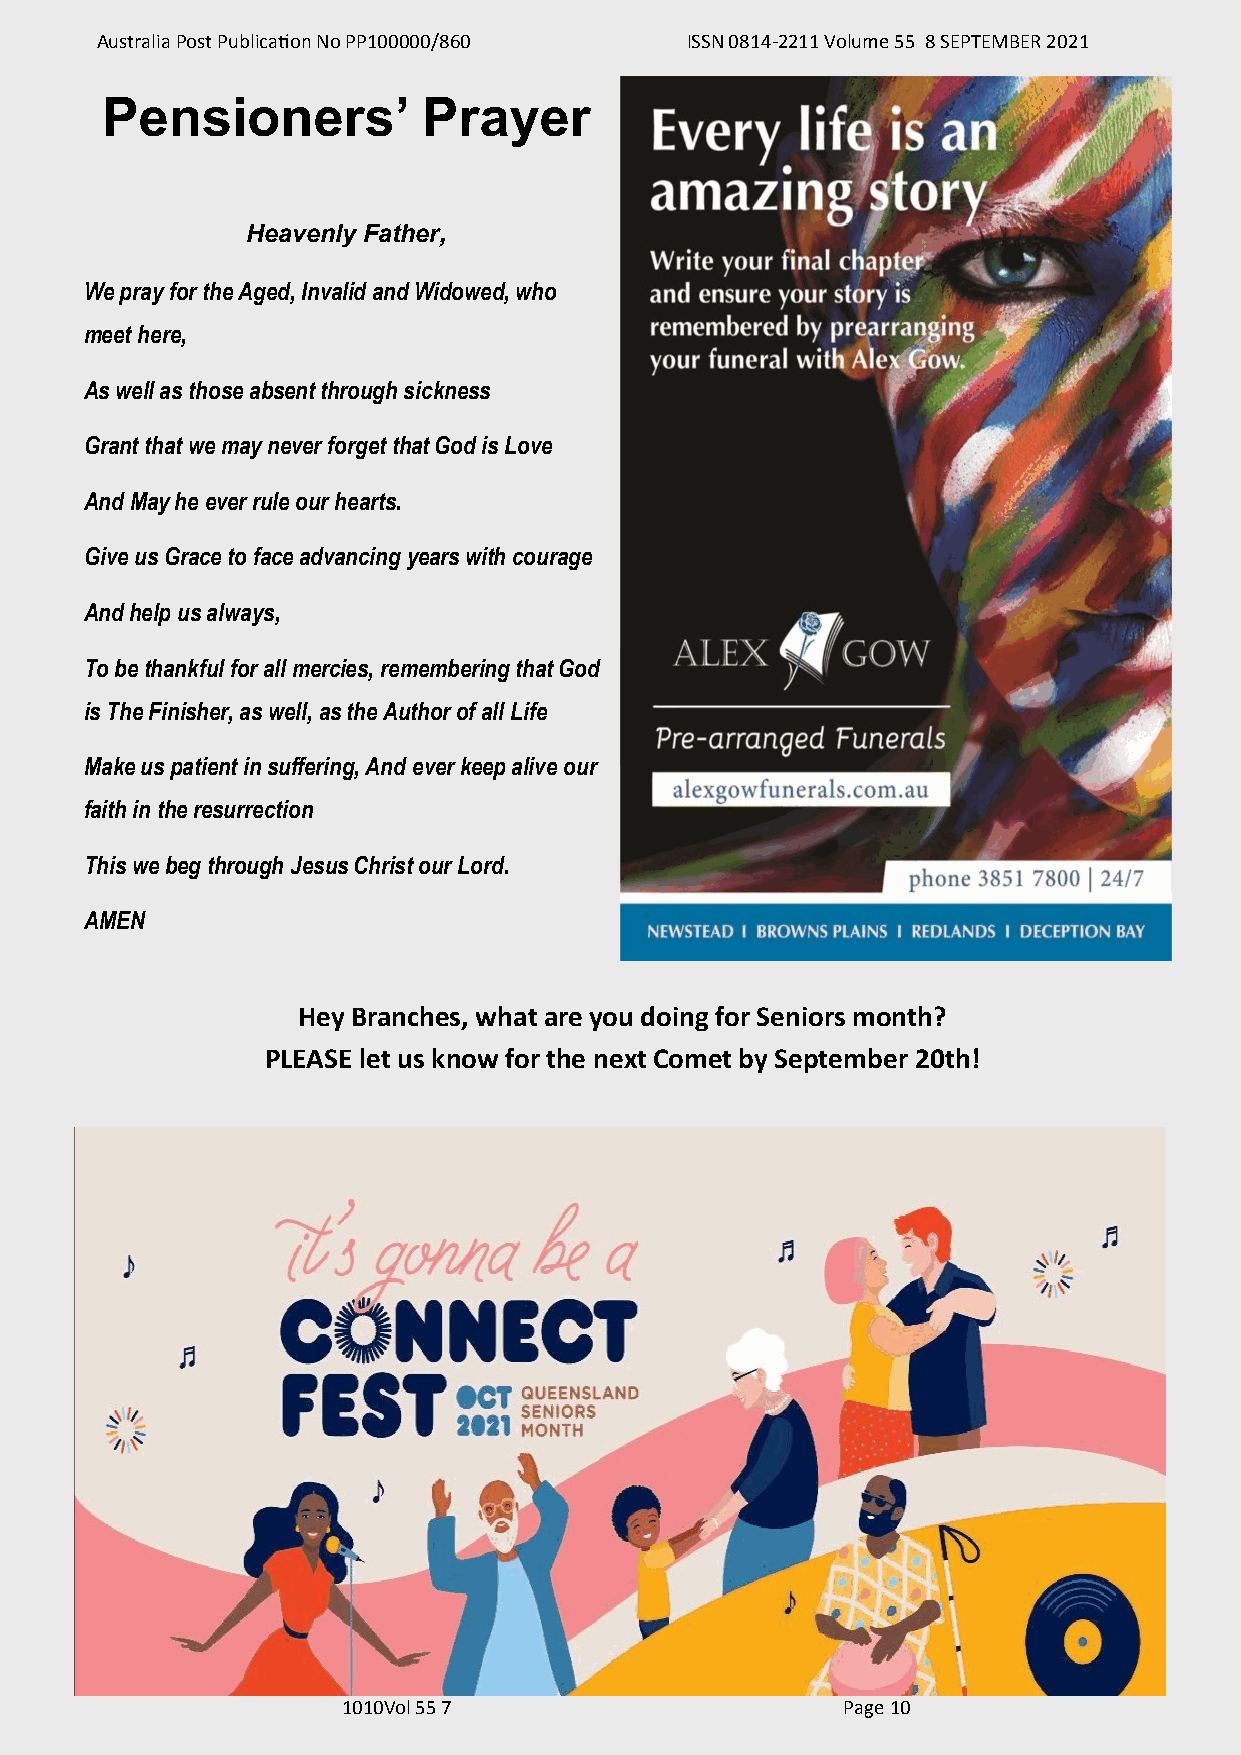
Australia Post Publication No PP100000/860 ISSN 0814-2211 Volume 55 8 SEPTEMBER 2021
 Pensioners’          Prayer
 Heavenly Father,
 We pray for the Aged, Invalid and Widowed, who
 meet here,
 As well as those absent through sickness
 Grant that we may never forget that God is Love
 And May he ever rule our hearts.
 Give us Grace to face advancing years with courage
 And help us always,
 To be thankful for all mercies, remembering that God
 is The Finisher, as well, as the Author of all Life
 Make us patient in suffering, And ever keep alive our
 faith in the resurrection
 This we beg through Jesus Christ our Lord.
 AMEN
 Hey Branches, what are you doing for Seniors month?
 PLEASE let us know for the next Comet by September 20th!
 1010Vol 55 7                     Page 10